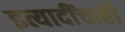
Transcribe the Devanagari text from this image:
इत्यादींचाही